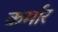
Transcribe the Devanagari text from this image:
कर्मार